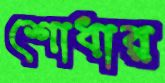
শোধার